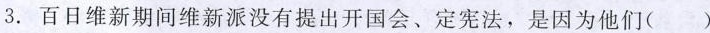
3.百日维新期间维新派没有提出开国会、定宪法，是因为他们( )